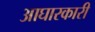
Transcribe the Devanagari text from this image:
आघारकारी